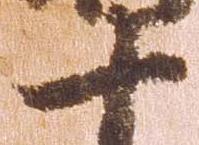
十